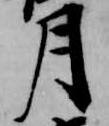
月